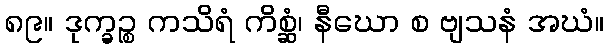
၈၉။ ဒုက္ခဉ္စ ကသိရံ ကိစ္ဆံ၊ နီဃော စ ဗျသနံ အဃံ။